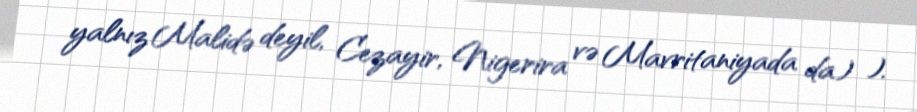
yalnız Malidə deyil, Cezayir, Nigerira və Mavritaniyada da) ).